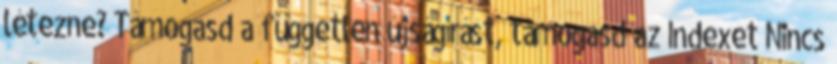
létezne? Támogasd a független újságírást, támogasd az Indexet Nincs